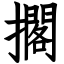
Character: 擱